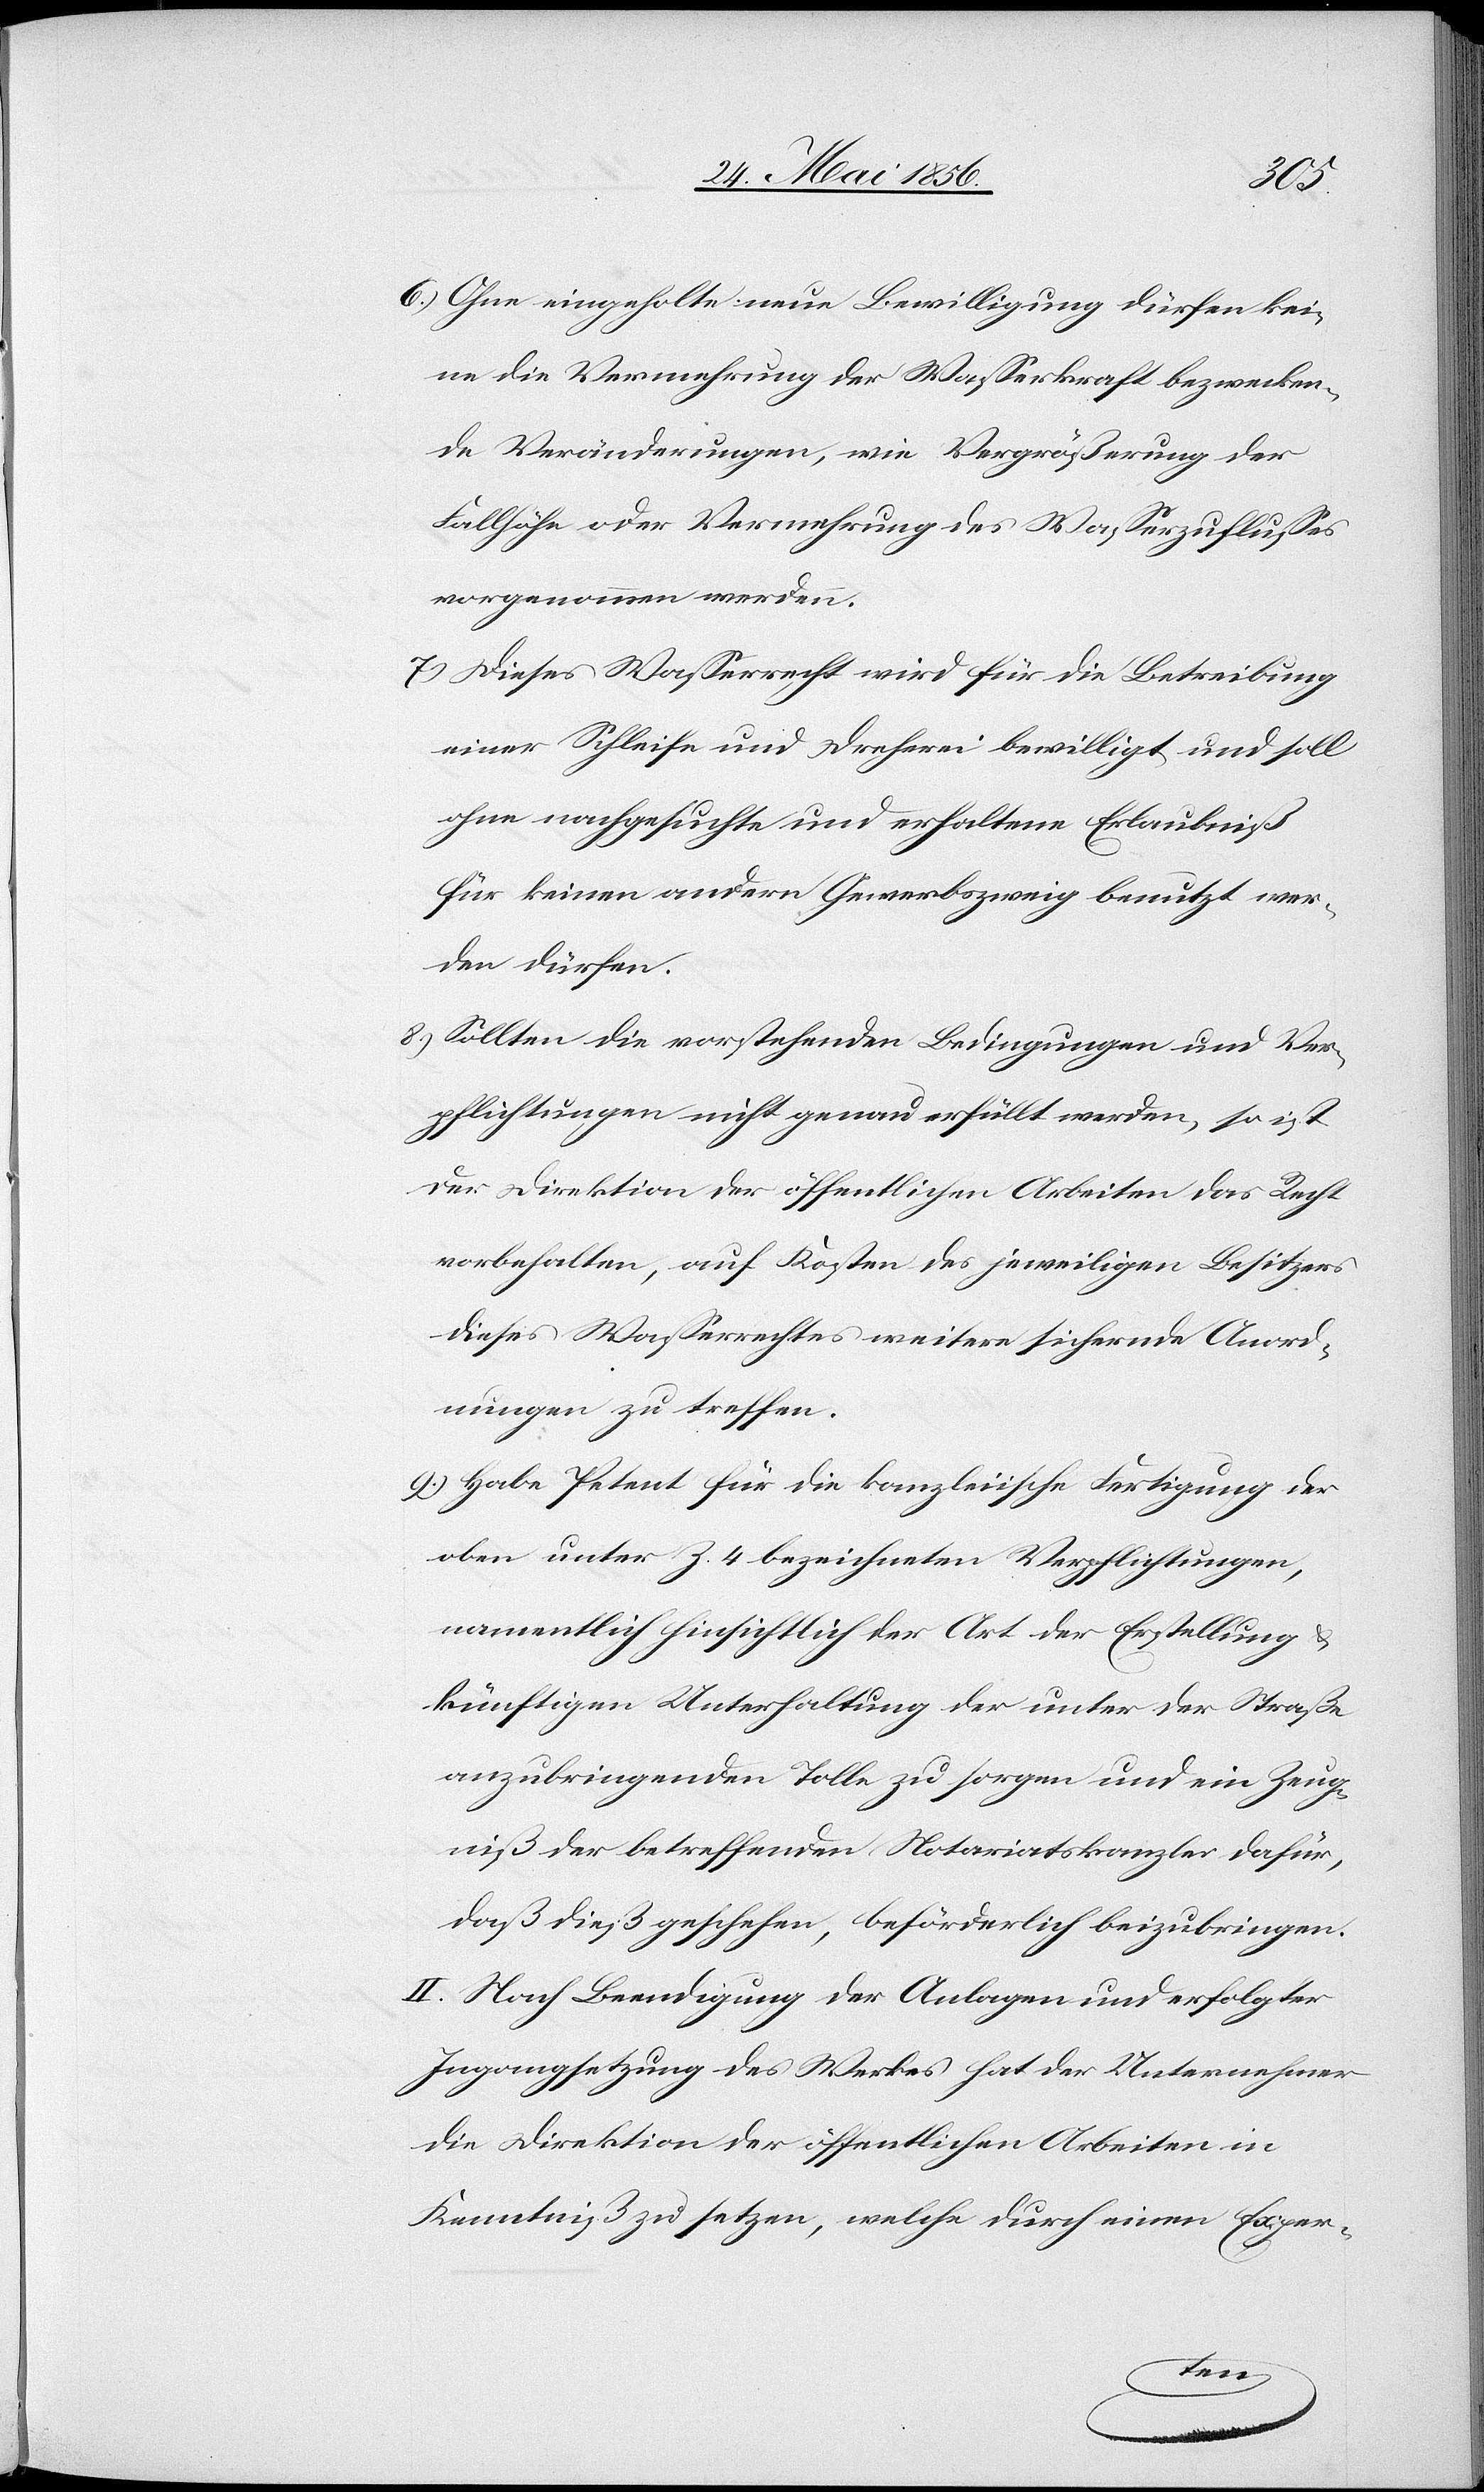
6.) Ohne eingeholte neue Bewilligung dürfen kei¬
ne die Vermehrung der Wasserkraft bezwecken¬
de Veränderungen, wie Vergrößerung der
Fallhöhe oder Vermehrung des Wasserzuflusses
vorgenommen werden.
7.) Dieses Wasserrecht wird für die Betreibung
einer Schleife und Dreherei bewilligt und soll
ohne nachgesuchte und erhaltene Erlaubniß
für keinen andern Gewerbszweig benutzt wer¬
den dürfen.
8.) Sollten die vorstehenden Bedingungen und Ver¬
pflichtungen nicht genau erfüllt werden, so ist
der Direktion der öffentlichen Arbeiten das Recht
vorbehalten, auf Kosten des jeweiligen Besitzers
dieses Wasserrechtes weitere sichernde Anord¬
nungen zu treffen.
9.) Habe Petent für die kanzleiische Fertigung der
oben unter Z. 4 bezeichneten Verpflichtungen,
namentlich hinsichtlich der Art der Erstellung &
künftigen Unterhaltung der unter der Straße
anzubringenden Tolle zu sorgen und ein Zeug¬
niß der betreffenden Notariatskanzlei dafür,
daß dieß geschehen, beförderlich beizubringen.
II. Nach Beendigung der Anlagen und erfolgter
Ingangsetzung des Werkes hat der Unternehmer
die Direktion der öffentlichen Arbeiten in
Kenntniß zu setzen, welche durch einen Exper-